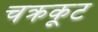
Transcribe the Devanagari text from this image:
चक्रकूट